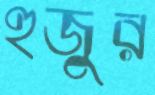
হুজুর